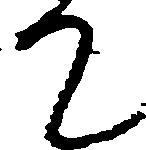
て